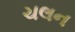
ચલન